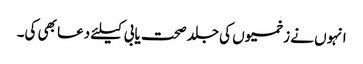
انہوں نے زخمیوں کی جلد صحت یابی کیلئے دعا بھی کی۔